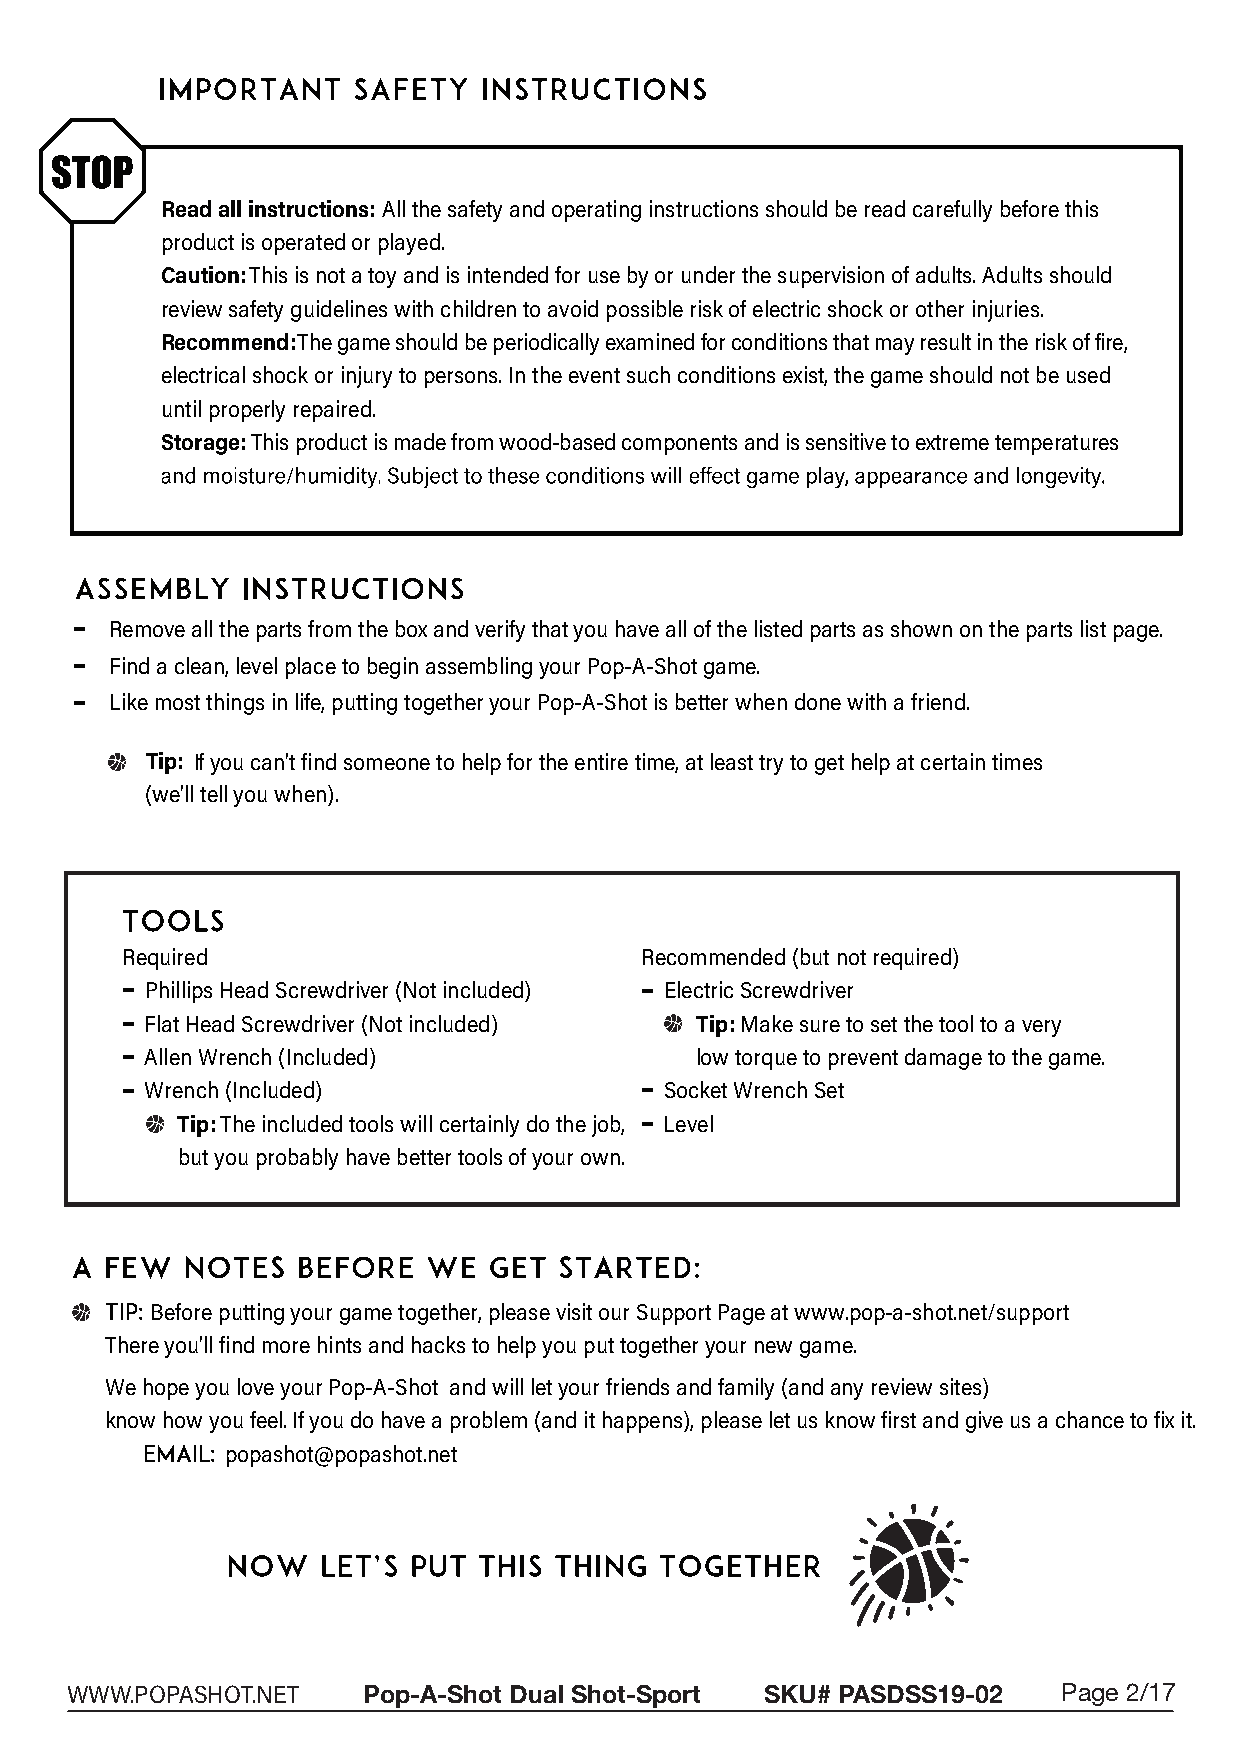
Read all instructions : All the safety and operating instructions should be read carefully before this
 product is operated or played.
 Caution: This is not a toy and is intended for use by or under the supervision of adults. Adults should
 review safety guidelines with children to avoid possible risk of electric shock or other injuries.
 Recommend :The game should be periodically examined for conditions that may result in the risk of fire,
 electrical shock or injury to persons. In the event such conditions exist, the game should not be used
 until properly repaired.
 Storage: This product is made from wood-based components and is sensitive to extreme temperatures
 Remove all the parts from the box and verify that you have all of the listed parts as shown on the parts list page.
 Find a clean, level place to begin assembling your Pop-A-Shot game.
 Like most things in life, putting together your Pop-A-Shot is better when done with a friend.
 Tip: If you can’t find someone to help for the entire time, at least try to get help at certain times
 (we’ll tell you when).
 Required                          Recommended (but not required)
 Phillips Head Screwdriver (Not included) Electric Screwdriver
 Flat Head Screwdriver (Not included) Tip: Make sure to set the tool to a very
 Allen Wrench (Included)             low torque to prevent damage to the game.
 Wrench (Included)                 Socket Wrench Set
 Tip: The included tools will certainly do the job, Level
 but you probably have better tools of your own.
 Tip: Before putting your game together, please visit our Support Page at www.pop-a-shot.net/support
 There you’ll find more hints and hacks to help you put together your new game.
 We hope you love your Pop-A-Shot and will let your friends and family (and any review sites)
 know how you feel. If you do have a problem (and it happens), please let us know first and give us a chance to fix it.
 Email: popashot@popashot.net
 WWW.POPASHOT.NET    Pop-A-Shot Dual Shot-Sport SKU# PASDSS19-02   Page 2/17